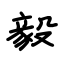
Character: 毅